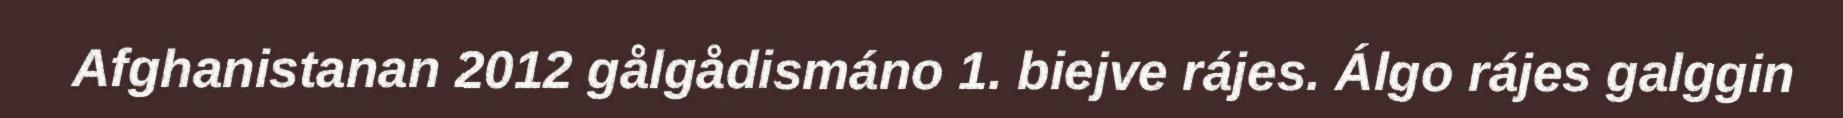
Afghanistanan 2012 gålgådismáno 1. biejve rájes. Álgo rájes galggin